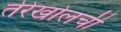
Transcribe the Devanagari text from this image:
तेरेखोलची